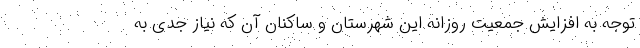
توجه به افزایش جمعیت روزانه این شهرستان و ساکنان آن که نیاز جدی به